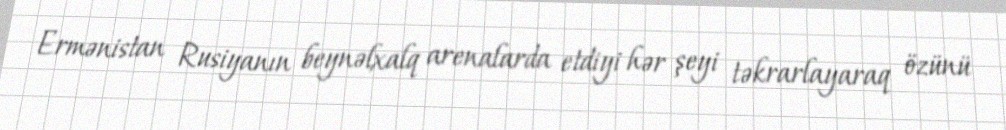
Ermənistan Rusiyanın beynəlxalq arenalarda etdiyi hər şeyi təkrarlayaraq özünü